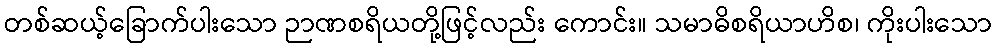
တစ်ဆယ့်ခြောက်ပါးသော ဉာဏစရိယတို့ဖြင့်လည်း ကောင်း။ သမာဓိစရိယာဟိစ၊ ကိုးပါးသော